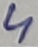
Text: 4